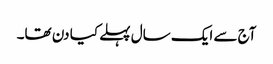
آج سے ایک سال پہلے کیا دن تھا۔